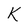
Character: K